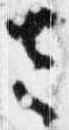
左